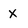
Character: x